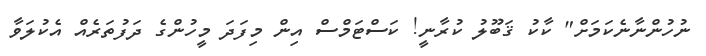
ނުހުންނާނެކަމަށް" ކާކު ޤަބޫލު ކުރާނީ! ކަސްޓަމްސް އިން މިފަދަ މީހުންގެ ދަފުތަރެއް އެކުލަވާ